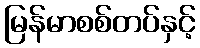
မြန်မာစစ်တပ်နှင့်